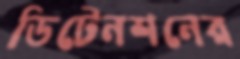
ডিটেনশনের